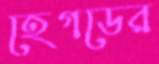
হেগডের